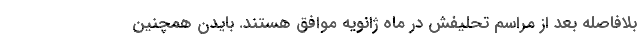
بلافاصله بعد از مراسم تحلیفش در ماه ژانویه موافق هستند. بایدن همچنین